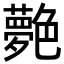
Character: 𦫰